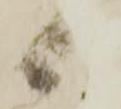
く